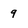
Character: 9